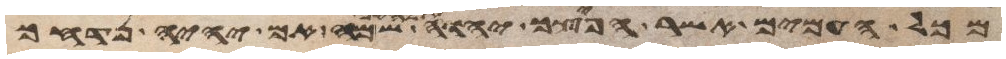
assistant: מכל העמים אשר הפיצך יהוה אלהיך שם אם יהיה נדחך